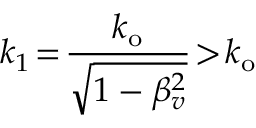
k _ { 1 } \! = \! \frac { k _ { \mathrm { o } } } { \sqrt { 1 - \beta _ { v } ^ { 2 } } } \! > \! k _ { \mathrm { o } }